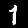
Digit: 1